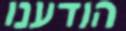
הודענו